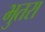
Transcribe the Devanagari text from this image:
भुतरा